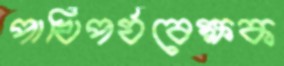
পাখিপর্যবেক্ষক